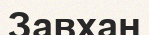
Завхан